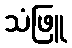
သံဖြူ